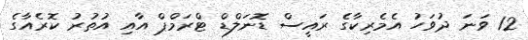
12 ވަނަ ދުވަހު އެމެރިކާގެ ރައީސް ޑޮނަލްޑް ޓްރަމްޕް އާއި އުތުރު ކޮރެއާގެ